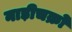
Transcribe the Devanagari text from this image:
नाड़ीचक्रों